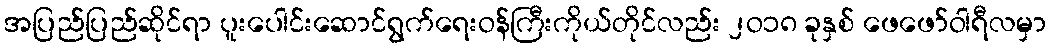
အပြည်ပြည်ဆိုင်ရာ ပူးပေါင်းဆောင်ရွက်ရေးဝန်ကြီးကိုယ်တိုင်လည်း ၂ဝ၁၈ ခုနှစ် ဖေဖော်ဝါရီလမှာ